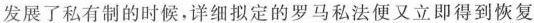
发展了私有制的时候，详细拟定的罗马私法便又立即得到恢复